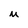
Character: u